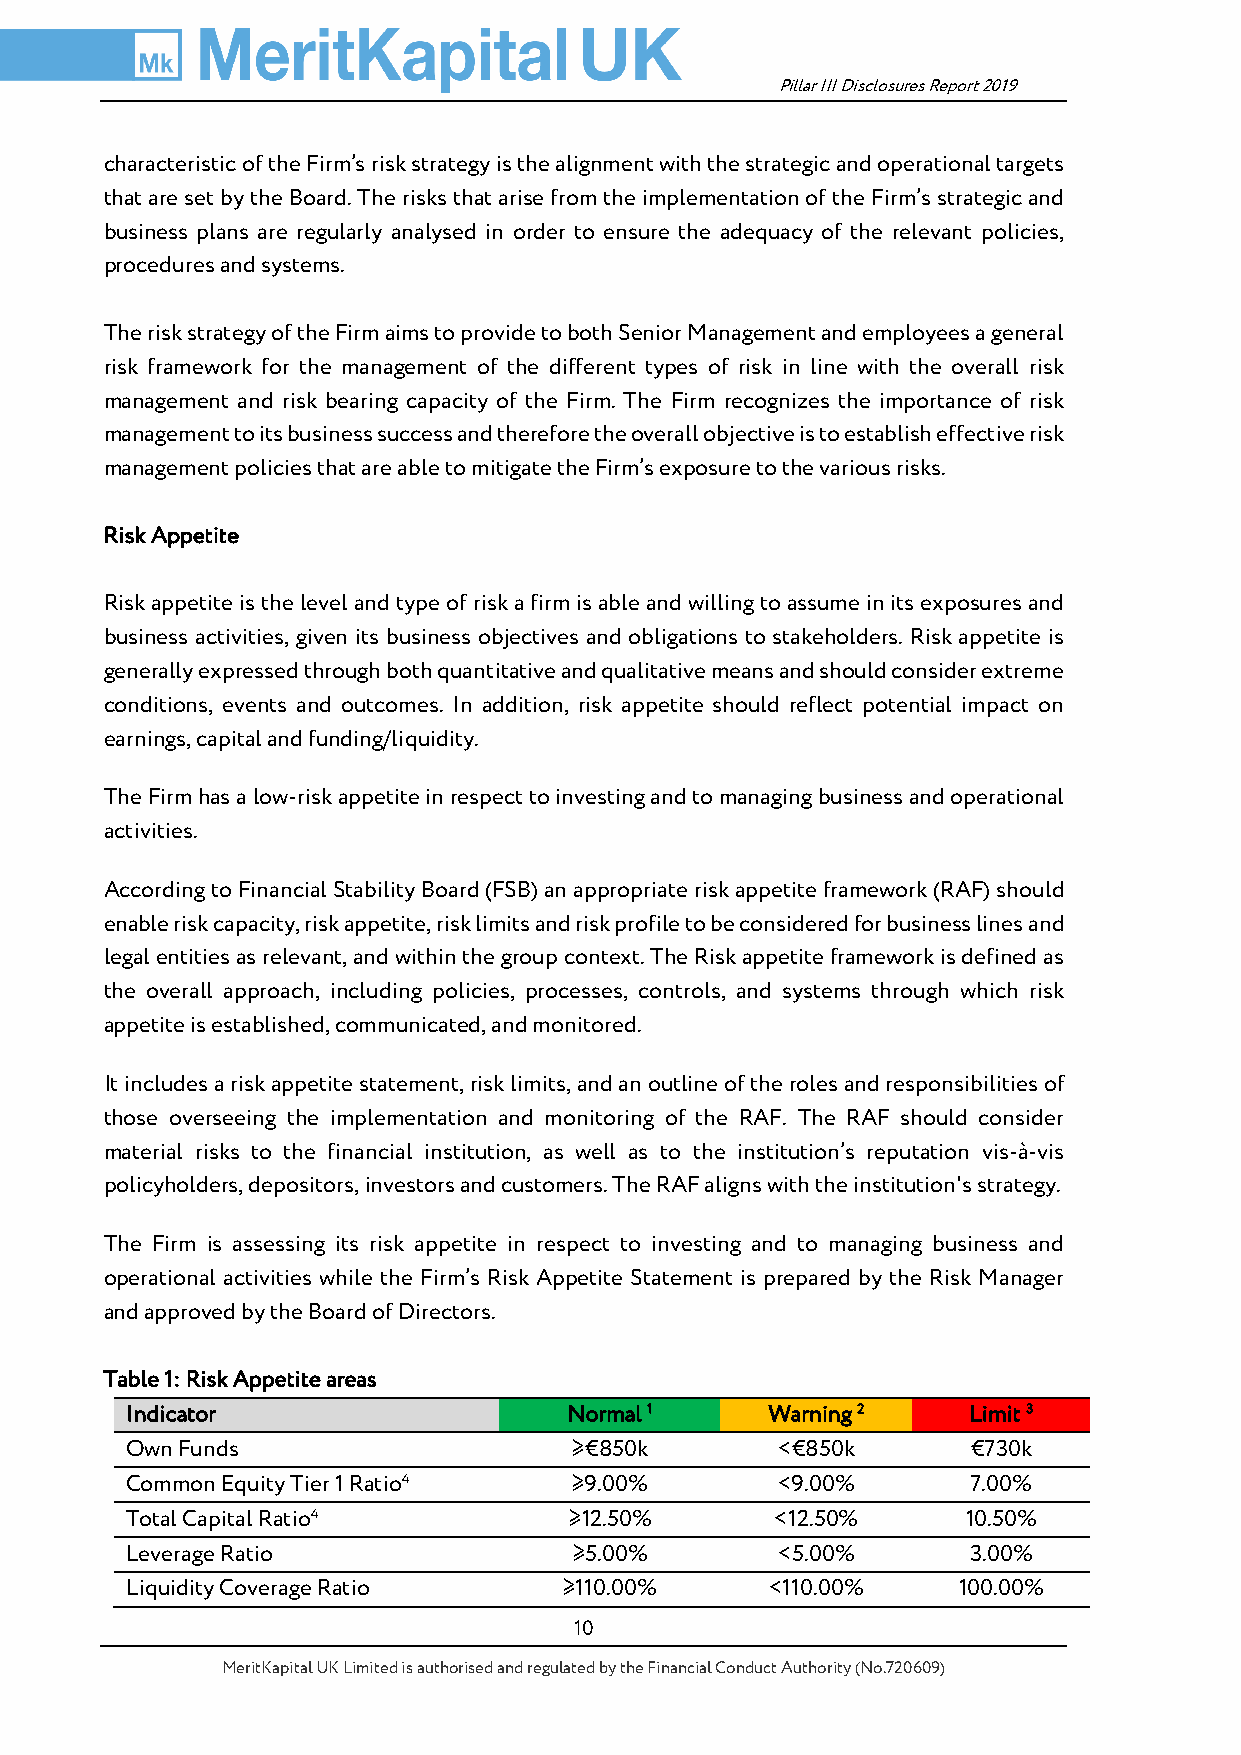
Pillar III Disclosures Report 2019
 characteristic of the Firm’s risk strategy is the alignment with the strategic and operational targets
 that are set by the Board. The risks that arise from the implementation of the Firm’s strategic and
 business plans are regularly analysed in order to ensure the adequacy of the relevant policies,
 procedures and systems.
 The risk strategy of the Firm aims to provide to both Senior Management and employees a general
 risk framework for the management of the different types of risk in line with the overall risk
 management and risk bearing capacity of the Firm. The Firm recognizes the importance of risk
 management to its business success and therefore the overall objective is to establish effective risk
 management policies that are able to mitigate the Firm’s exposure to the various risks.
 Risk Appetite
 Risk appetite is the level and type of risk a firm is able and willing to assume in its exposures and
 business activities, given its business objectives and obligations to stakeholders. Risk appetite is
 generally expressed through both quantitative and qualitative means and should consider extreme
 conditions, events and outcomes. In addition, risk appetite should reflect potential impact on
 earnings, capital and funding/liquidity.
 The Firm has a low-risk appetite in respect to investing and to managing business and operational
 activities.
 According to Financial Stability Board (FSB) an appropriate risk appetite framework (RAF) should
 enable risk capacity, risk appetite, risk limits and risk profile to be considered for business lines and
 legal entities as relevant, and within the group context. The Risk appetite framework is defined as
 the overall approach, including policies, processes, controls, and systems through which risk
 appetite is established, communicated, and monitored.
 It includes a risk appetite statement, risk limits, and an outline of the roles and responsibilities of
 those overseeing the implementation and monitoring of the RAF. The RAF should consider
 material risks to the financial institution, as well as to the institution’s reputation vis-à-vis
 policyholders, depositors, investors and customers. The RAF aligns with the institution's strategy.
 The Firm is assessing its risk appetite in respect to investing and to managing business and
 operational activities while the Firm’s Risk Appetite Statement is prepared by the Risk Manager
 and approved by the Board of Directors.
 Table 1: Risk Appetite areas
 Indicator                     Normal 1     Warning 2    Limit 3
 Own Funds                     ≥€850k       <€850k       €730k
 Common Equity Tier 1 Ratio4   ≥9.00%       <9.00%       7.00%
 Total Capital Ratio4          ≥12.50%      <12.50%      10.50%
 Leverage Ratio                ≥5.00%       <5.00%       3.00%
 Liquidity Coverage Ratio     ≥110.00%      <110.00%    100.00%
 10
 MeritKapital UK Limited is authorised and regulated by the Financial Conduct Authority (No.720609)